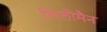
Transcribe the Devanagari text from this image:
लिलीमैन